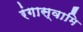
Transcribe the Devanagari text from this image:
रंगास्वामि